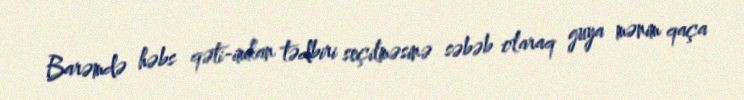
Barəmdə həbs qəti-imkan tədbiri seçilməsinə səbəb olaraq guya mənim qaça